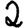
Digit: 2